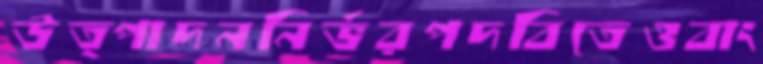
উত্পাদননির্ভরপদবিতেওবাং